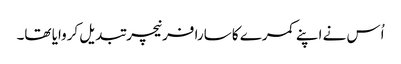
اُس نے اپنے کمرے کا سارا فرنیچر تبدیل کروایا تھا۔